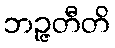
ဘဉ္ဇတီတိ